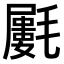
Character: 𣰝